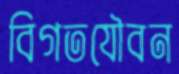
বিগতযৌবন